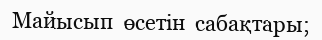
Майысып  өсетін  сабақтары;